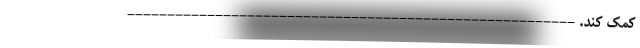
کمک کند. --------------------------------------------------------